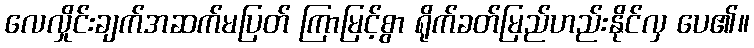
လေလှိုင်းချက်အဆက်မပြတ် ကြာမြင့်စွာ ရိုက်ခတ်မြည်ဟည်းနိုင်လှ ပေ၏။